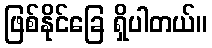
ဖြစ်နိုင်ခြေ ရှိပါတယ်။